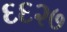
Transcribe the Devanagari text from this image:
६६२७